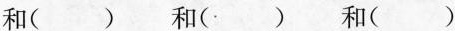
和( ) 和( ) 和( )